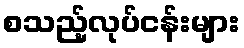
စသည့်လုပ်ငန်းများ